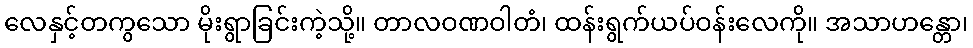
လေနှင့်တကွသော မိုးရွာခြင်းကဲ့သို့။ တာလဝဏဝါတံ၊ ထန်းရွက်ယပ်ဝန်းလေကို။ အသာဟန္တော၊